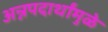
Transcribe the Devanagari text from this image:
अन्नपदार्थांमुळे